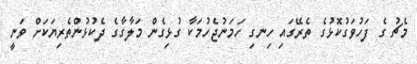
މެޗު ގެ ފަހުވަގުކޮޅުގެ ތެރޭގައި ހިނގި ހަމަނުޖެހުމަކާ ގުޅިގެން މަލާގާގެ ދެކުޅުންތެރިޔަކަށް ވަނީ